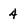
Character: 4